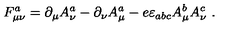
F _ { \mu \nu } ^ { a } = \partial _ { \mu } A _ { \nu } ^ { a } - \partial _ { \nu } A _ { \mu } ^ { a } - e \varepsilon _ { a b c } A _ { \mu } ^ { b } A _ { \nu } ^ { c } \ . \